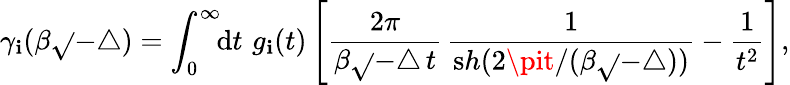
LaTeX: \gamma_{\mathbf{i}}(\beta\sqrt{}{{-\triangle}})=\int_{0}^{\infty}\! \! {\mathrm{d}}t\, \, g_{\mathbf{i}}(t)\left[\frac{{2\pi}}{{\beta{\sqrt{}{{-\triangle}}}\, t}}\, \frac{{1}}{{{\mathrm{s}h}(2\pit/(\beta{\sqrt{}{{-\triangle}}}))}}-\frac{{1}}{{t^{2}}}\right],